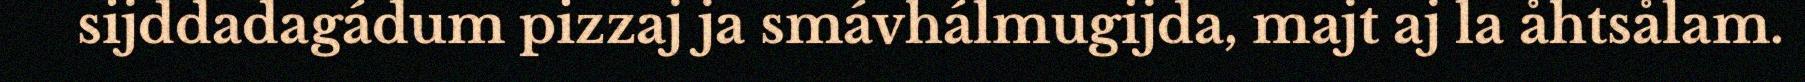
sijddadagádum pizzaj ja smávhálmugijda, majt aj la åhtsålam.